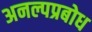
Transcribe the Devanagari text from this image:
अनल्पप्रबोध